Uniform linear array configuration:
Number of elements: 16
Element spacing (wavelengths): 1
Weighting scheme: uniform
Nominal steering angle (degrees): -15
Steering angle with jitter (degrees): -14.109
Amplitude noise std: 0.05
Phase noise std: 0.05

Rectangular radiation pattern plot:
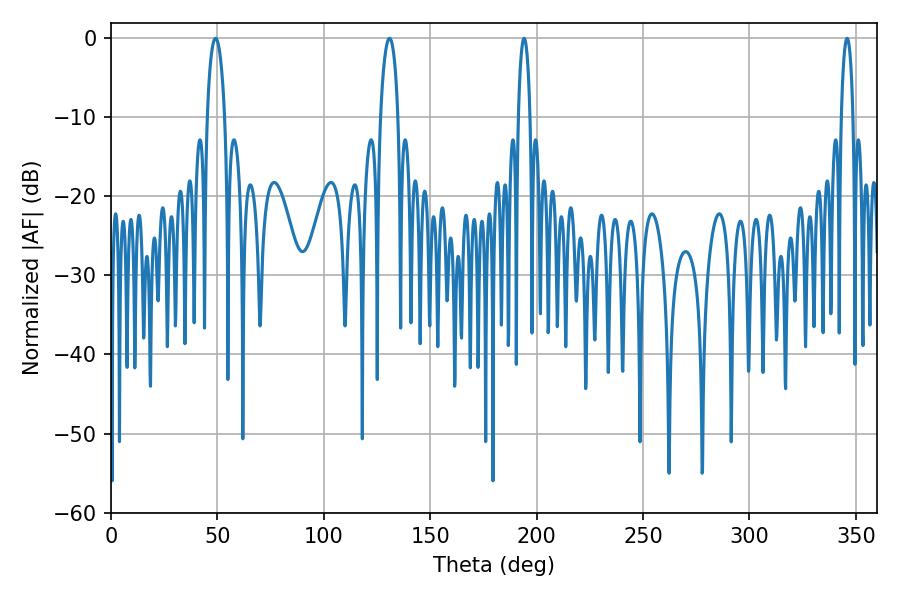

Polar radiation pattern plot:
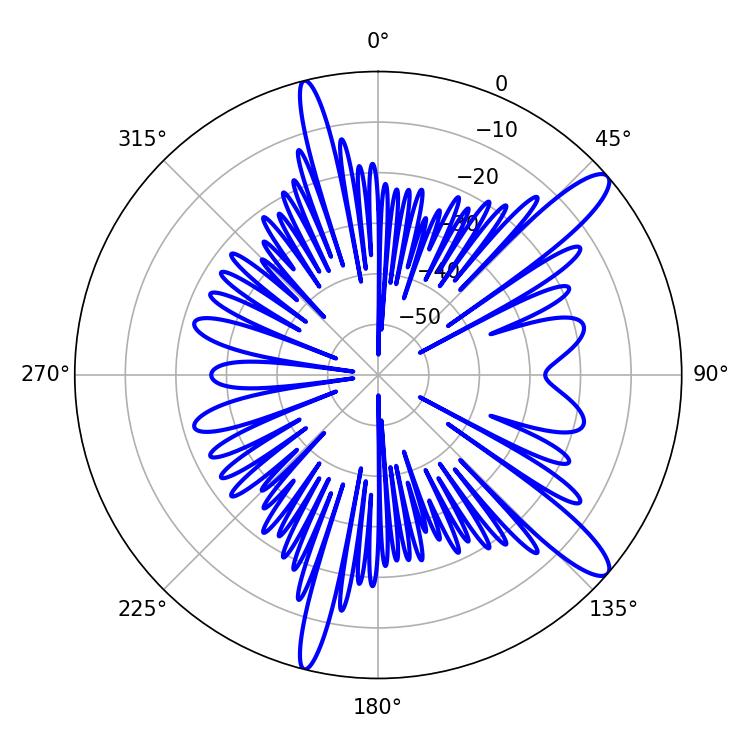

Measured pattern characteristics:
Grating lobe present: TRUE
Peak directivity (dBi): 12.488
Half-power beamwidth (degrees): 4.68
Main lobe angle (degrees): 49.14